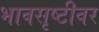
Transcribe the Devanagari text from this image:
भावसृष्टीवर